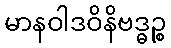
မာနဝါဒဝိနိဗဒ္ဓဉ္စ